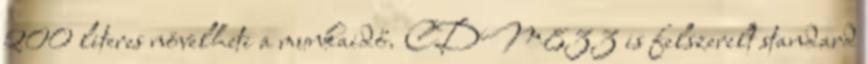
200 literes növelheti a munkaidő. CDM833 is felszerelt standard